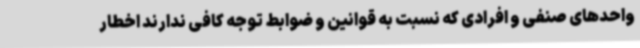
واحدهای صنفی و افرادی که نسبت به قوانین و ضوابط توجه کافی ندارند اخطار